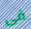
فى